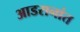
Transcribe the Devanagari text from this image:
आडरानांत